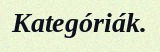
Kategóriák.